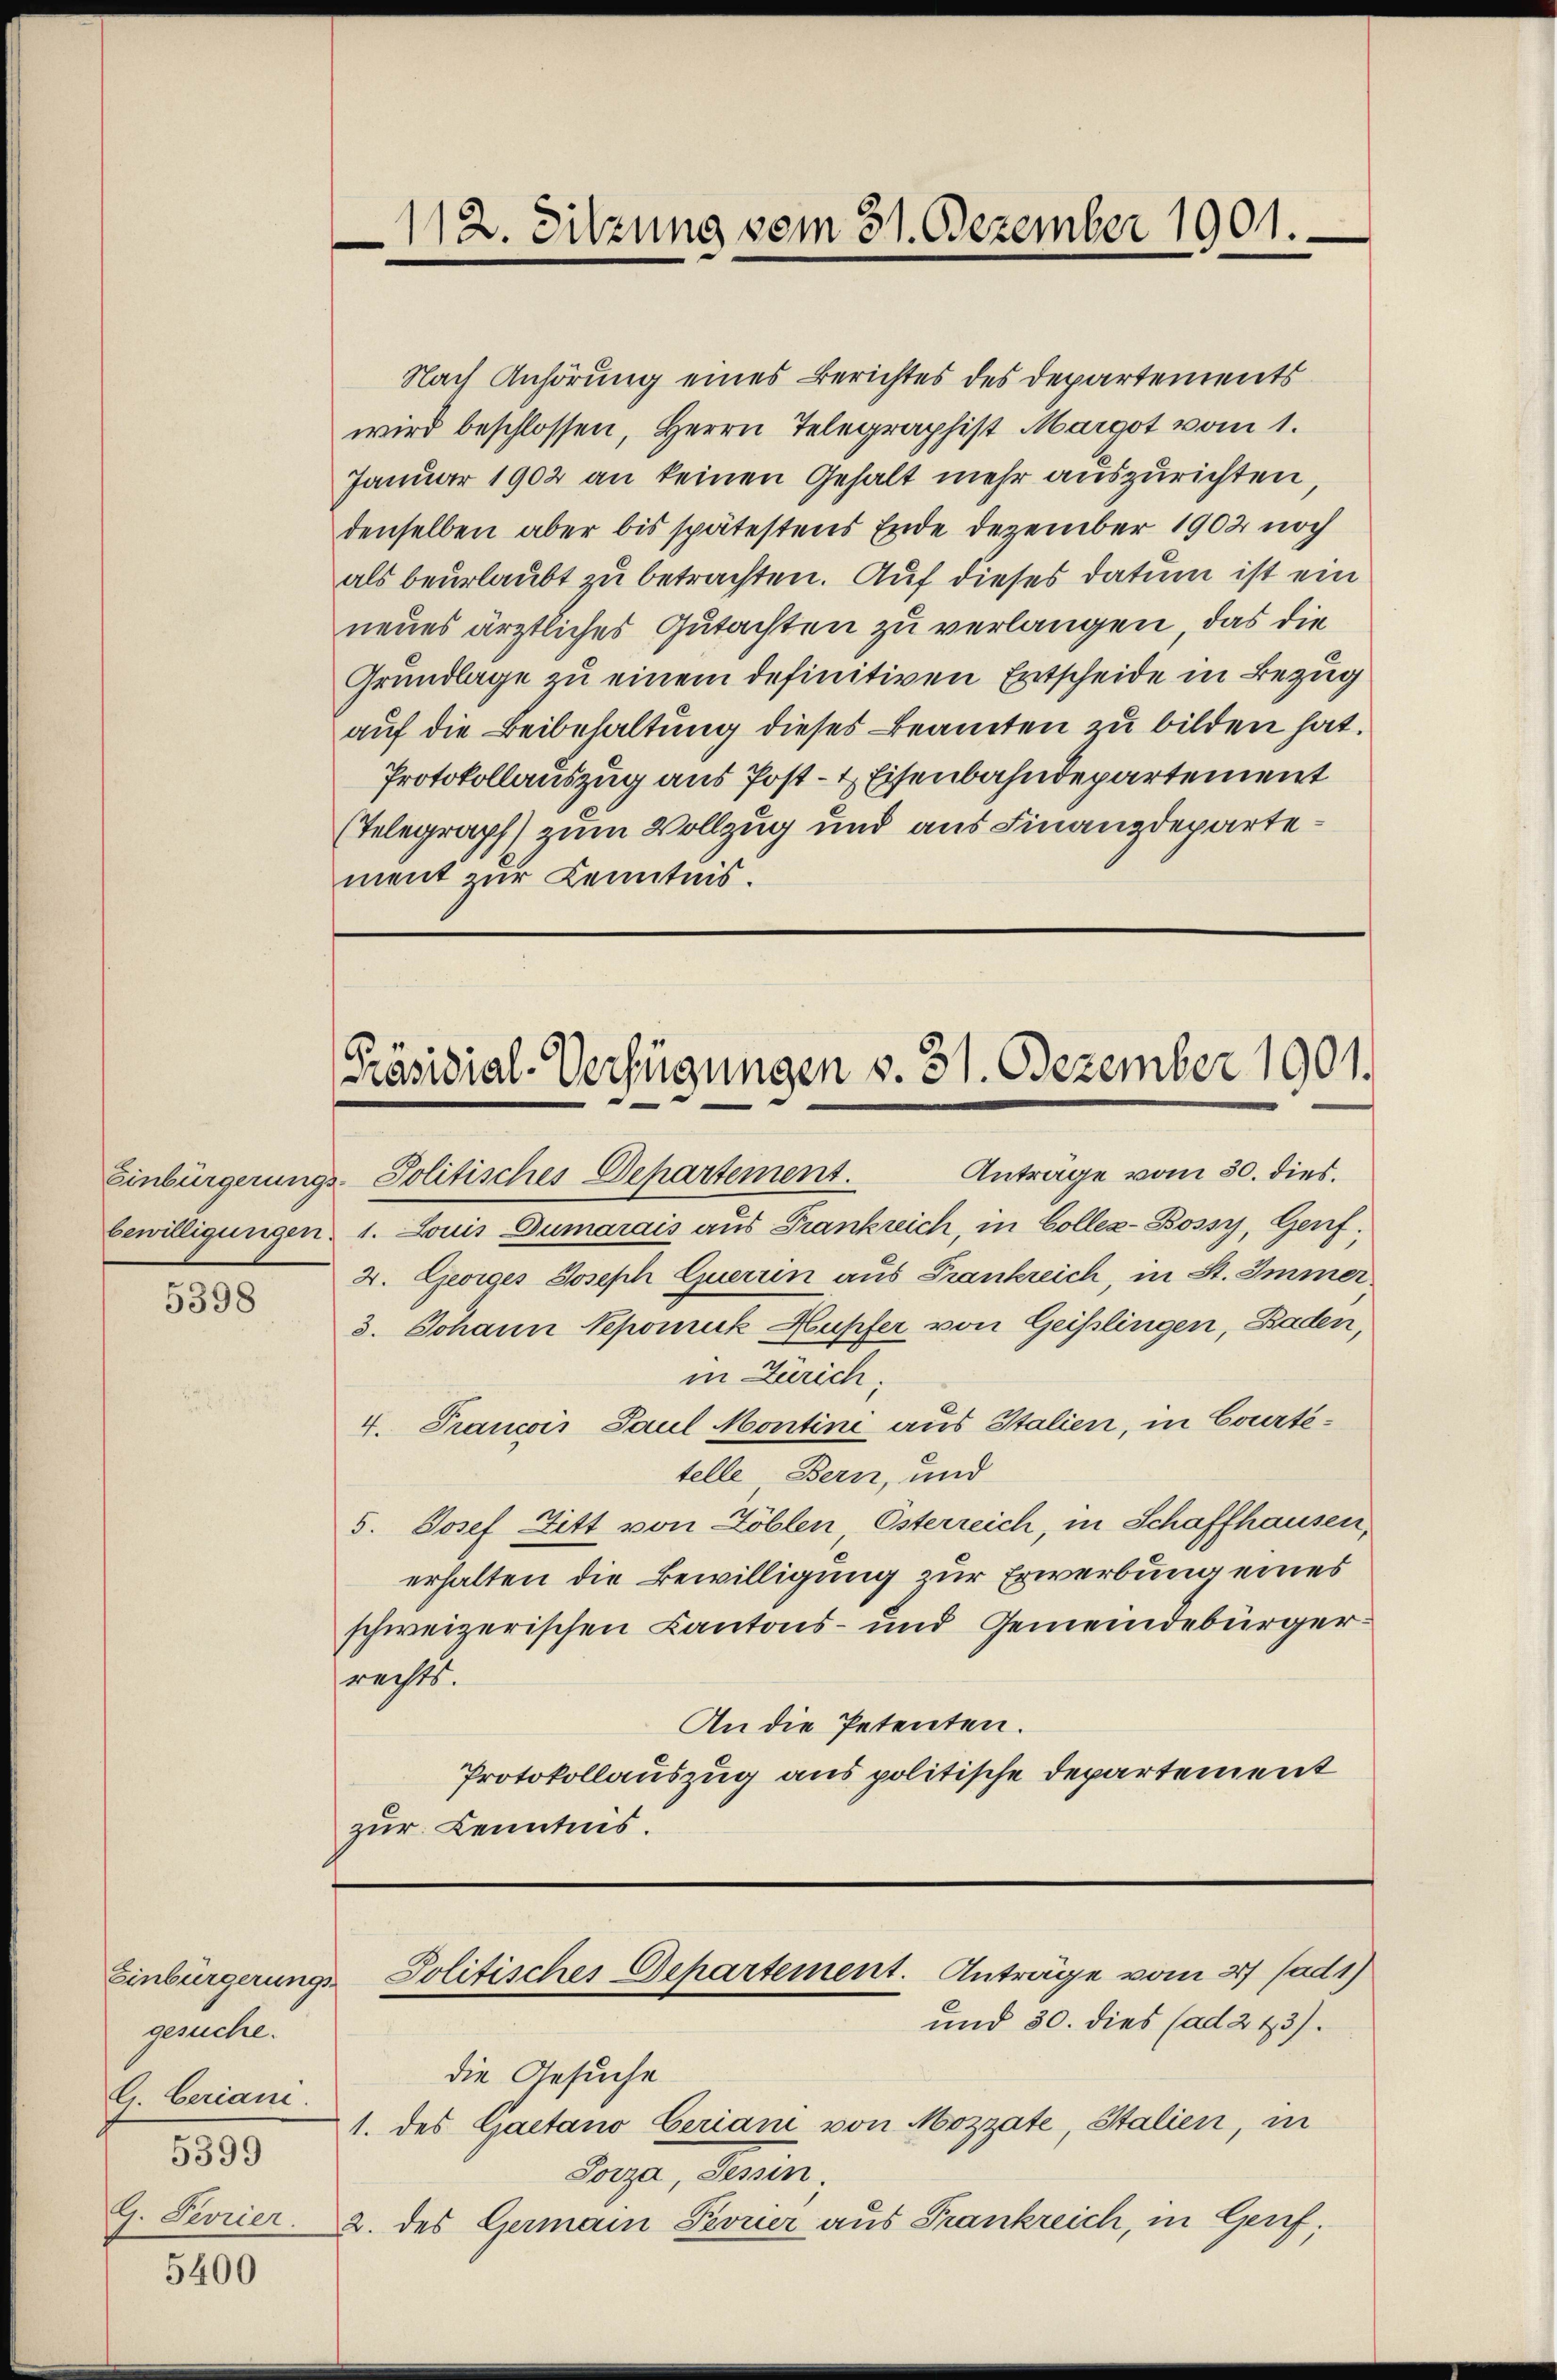
5398

Einbürgerungs-
gesuche.
G. Ceriane.
5399

5400

112. Sitzung vom 31. Dezember 1901.

Nach Anhörung eines Berichtes des Departements
wird beschlossen, Herrn Telegraphist Margot vom 1.
Januar 1902 an keinen Gehalt mehr auszurichten,
denselben aber bis spätestens Ende Dezember 1902 noch
als beurlaubt zu betrachten. Auf dieses Datum ist ein
neues ärztliches Gutachten zu verlangen, das die
Grundlage zu einem definitiven Entscheide in Bezug
auf die Beibehaltung dieses Beamten zu bilden hat.
Protokollauszug aus Post- & Eisenbahndepartement
Telegraph) zum Vollzug und aus Finanzdepartement zur Kenntnis.

Präsidial-Verfügungen v. 31. Dezember 1901.

Einbürgerungs-Politisches Departement. Anträge vom 30. dies
bewilligungen 1. Louis Dumarais aus Frankreich, in Coller-Bossy, Genf,
2. Georges Joseph Querrin aus Frankreich, in St. Immer
3. Johann Nepomuk Hupfer von Geißlingen, Baden,
in Zürich,
4. Francois Paul Montini aus Italien, in Courtetelle Bern, und
5. Josef Fitt von Zöblen Österreich, in Schaffhausen,
erhalten die Bewilligung zur Erwerbung eines
schweizerischen Kantons- und Gemeindebürgerrechts.
An die Petenten.
Protokollauszug aus politische Departement
zur Kenntnis.

Politisches Departement. Anträge vom 27 (ad 1)
und 30. dies (ad 223).

die Gesuche
1. des Gaetano Geriani von Mozzate, Stalien, in
Porza, Tessin
G. Sevrier 2. des Germain Pevrier aus Frankreich, in Geref;